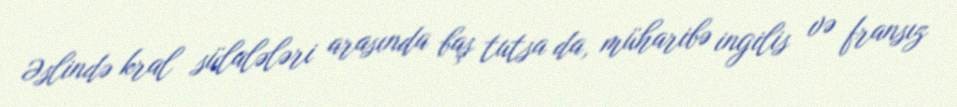
Əslində kral sülalələri arasında baş tutsa da, müharibə ingilis və fransız